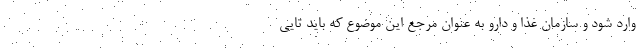
وارد شود و سازمان غذا و دارو به عنوان مرجع این موضوع که باید تایی